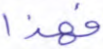
فهذا